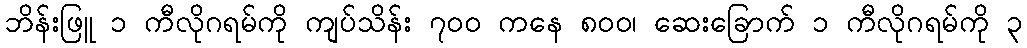
ဘိန်းဖြူ ၁ ကီလိုဂရမ်ကို ကျပ်သိန်း ၇၀၀ ကနေ ၈၀၀၊ ဆေးခြောက် ၁ ကီလိုဂရမ်ကို ၃